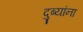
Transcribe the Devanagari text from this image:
दुब्यांना